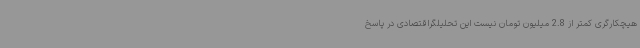
هیچکارگری کمتر از 2.8 میلیون تومان نیست این تحلیلگراقتصادی در پاسخ